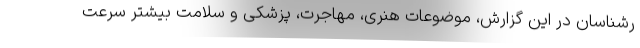
رشناسان در این گزارش، موضوعات هنری، مهاجرت، پزشکی و سلامت بیشتر سرعت